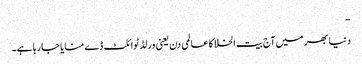
-
دنیا بھر میں آج بیت الخلا کا عالمی دن یعنی ورلڈ ٹوائلٹ ڈے منایا جا رہا ہے۔